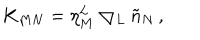
K _ { M N } = \eta _ { M } ^ { L } \bigtriangledown _ { L } \tilde { n } _ { N } \, ,